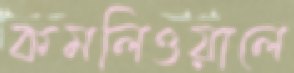
কমলিওয়ালে